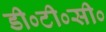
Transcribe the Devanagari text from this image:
डी०टी०सी०